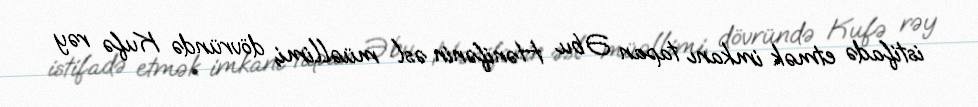
istifadə etmək imkanı tapan Əbu Hənifənin əsl müəllimi, dövründə Kufə rəy